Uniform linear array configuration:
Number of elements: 12
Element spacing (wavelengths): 0.5
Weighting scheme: exponential
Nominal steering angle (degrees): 15
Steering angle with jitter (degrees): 16.767
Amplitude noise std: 0.05
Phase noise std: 0.05

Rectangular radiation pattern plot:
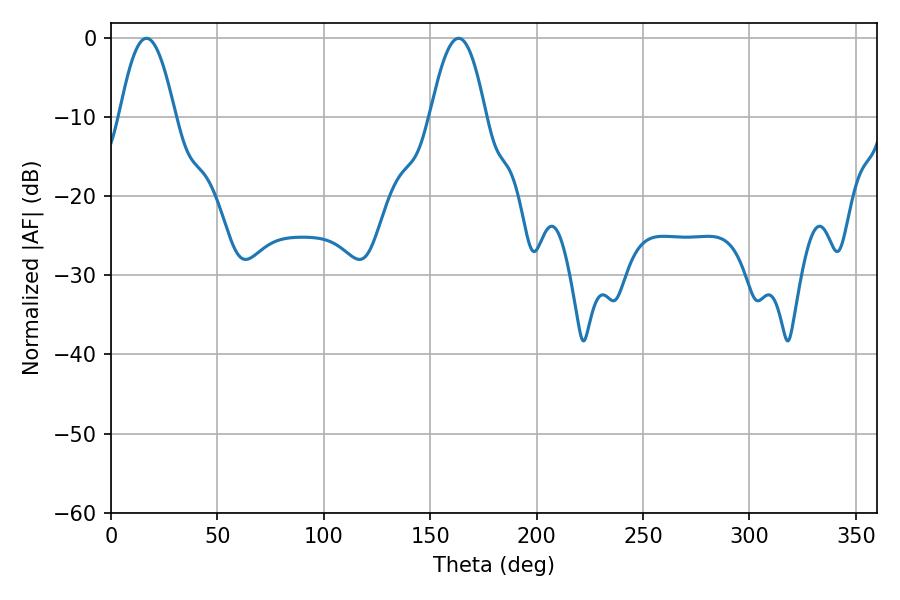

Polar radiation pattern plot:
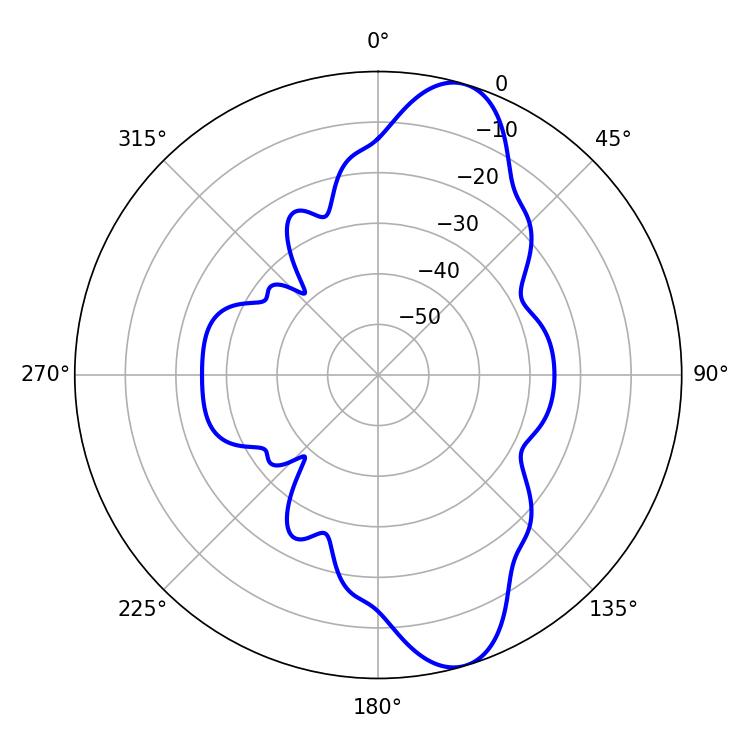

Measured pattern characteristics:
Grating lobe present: FALSE
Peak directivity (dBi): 10.874
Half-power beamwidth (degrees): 14.22
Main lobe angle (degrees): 16.74